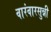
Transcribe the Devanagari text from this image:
वारंवारसुन्नी